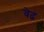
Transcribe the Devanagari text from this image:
वेढ